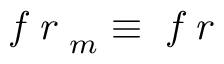
\textit { f r } _ { m } \equiv \textit { f r }